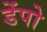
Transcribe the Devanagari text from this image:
डेंपो